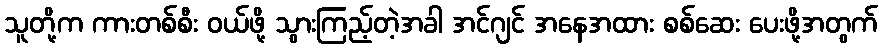
သူတို့က ကားတစ်စီး ဝယ်ဖို့ သွားကြည့်တဲ့အခါ အင်ဂျင် အနေအထား စစ်ဆေး ပေးဖို့အတွက်